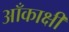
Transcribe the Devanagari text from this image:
आँकाक्षी